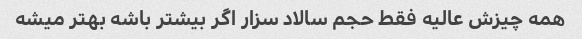
همه چیزش عالیه فقط حجم سالاد سزار اگر بیشتر باشه بهتر میشه